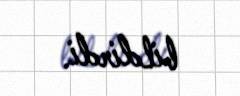
bildirdi.